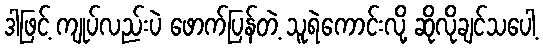
ဒါဖြင့် ကျုပ်လည်းပဲ ဖောက်ပြန်တဲ့ သူရဲကောင်းလို့ ဆိုလိုချင်သပေါ့